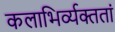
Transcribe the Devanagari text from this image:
कलाभिर्व्यक्ततां